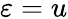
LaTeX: \varepsilon=u